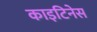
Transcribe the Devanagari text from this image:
काइटिनेस